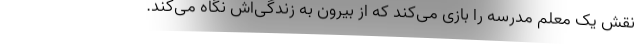
نقش یک معلم مدرسه را بازی می‌کند که از بیرون به زندگی‌اش نگاه می‌کند.